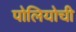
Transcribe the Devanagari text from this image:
पोलियोची